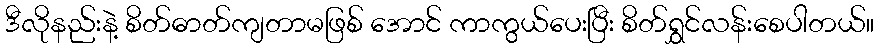
ဒီလိုနည်းနဲ့ စိတ်ဓာတ်ကျတာမဖြစ် အောင် ကာကွယ်ပေးပြီး စိတ်ရွှင်လန်းစေပါတယ်။